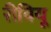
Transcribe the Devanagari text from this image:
रीवियू